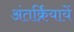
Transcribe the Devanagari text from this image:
अंतर्क्रियायें